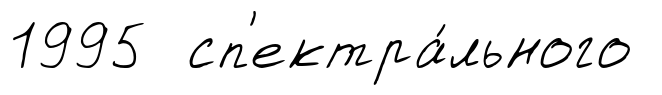
1995 сп'ектра́льного